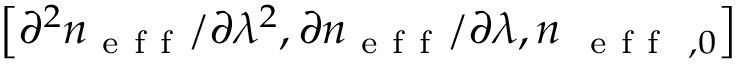
\left[ \partial ^ { 2 } n _ { \mathrm { ~ e ~ f ~ f ~ } } / \partial \lambda ^ { 2 } , \partial n _ { \mathrm { ~ e ~ f ~ f ~ } } / \partial \lambda , n _ { \mathrm { ~ \mathrm { ~ e ~ f ~ f ~ } ~ } , 0 } \right]